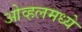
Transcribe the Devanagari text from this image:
ओव्हलमध्ये